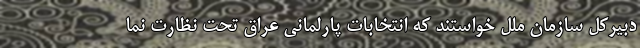
دبیرکل سازمان ملل خواستند که انتخابات پارلمانی عراق تحت نظارت نما